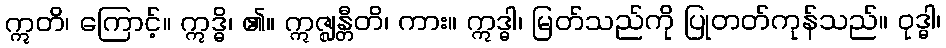
ဣတိ၊ ကြောင့်။ ဣဒ္ဓိ၊ ၏။ ဣဇ္ဈန္တီတိ၊ ကား။ ဣဒ္ဓါ၊ မြတ်သည်ကို ပြုတတ်ကုန်သည်။ ဝုဒ္ဓါ၊